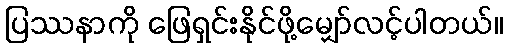
ပြဿနာကို ဖြေရှင်းနိုင်ဖို့မျှော်လင့်ပါတယ်။